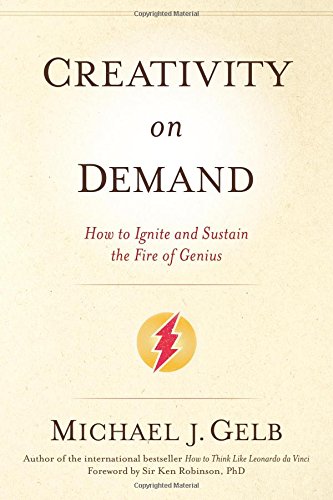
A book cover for Creativity On Demand: How to Ignite and Sustain the Fire of Genius; Michael J. Gelb; Health, Fitness & Dieting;